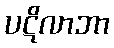
ပဋိလာဘာ